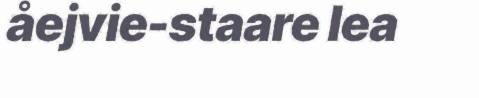
åejvie-staare lea